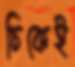
চিকেই